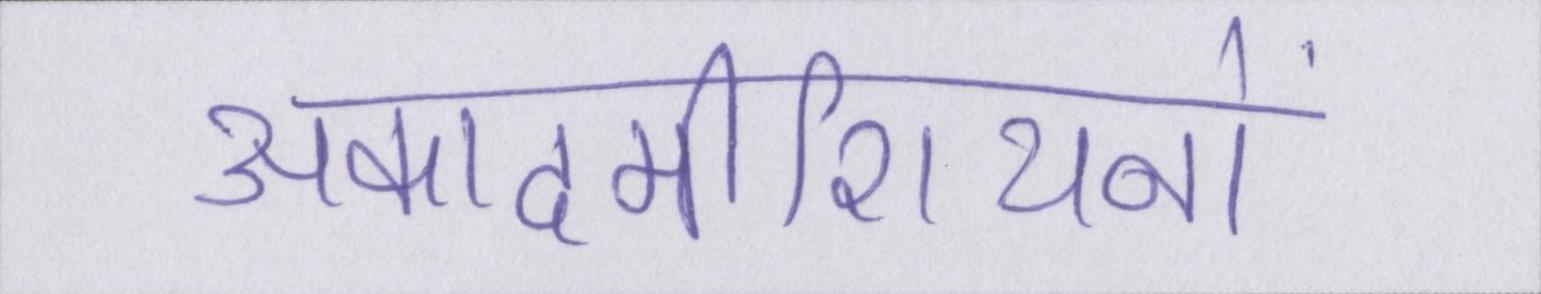
अकादमीशियनों